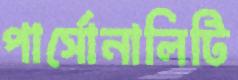
পার্সোনালিটি